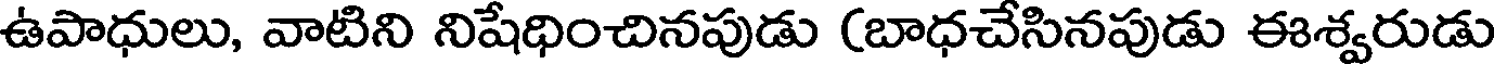
ఉపాధులు, వాటిని నిషేధించినపుడు (బాధచేసినపుడు ఈశ్వరుడు